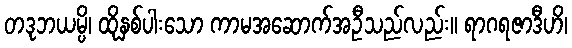
တဒုဘယမ္ပိ၊ ထိုနှစ်ပါးသော ကာမအဆောက်အဦသည်လည်း။ ရာဂရဇာဒီဟိ၊